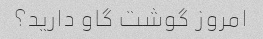
امروز گوشت گاو دارید؟